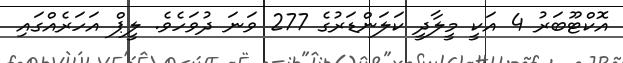
އޮކްޓޫބަރު 4 އަކީ މީލާދީ ކަލަންޑަރުގެ 277 ވަނަ ދުވަހެވެ. ލީޕް އަހަރެއްގައި